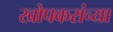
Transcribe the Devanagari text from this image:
खोपकरांच्या